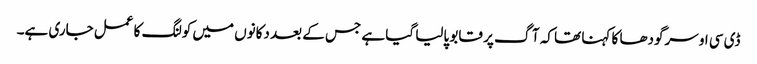
ڈی سی او سرگودھا کا کہنا تھا کہ آگ پر قابو پالیا گیا ہے جس کے بعد دکانوں میں کولنگ کا عمل جاری ہے۔